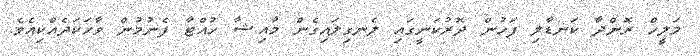
މަލީހް ރޮންދާ ކަނޑާލި ފަހުން ދޮރުކަނީގައި ލެނގިލައިގެން މާއިޝާ ހުއްޓާ ފެނުމުން ވާހަކަދެއްކިއެވެ.